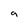
Character: 9